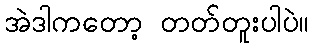
အဲဒါကတော့ တတ်တူးပါပဲ။